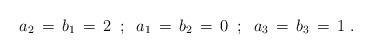
LaTeX: \begin{align*}a_2\,=\,b_1\,=\,2 \;\; ; \;\; a_1\,=\,b_2\,=\,0 \;\;;\;\;a_3\,=\,b_3\,=\,1\;.\end{align*}